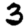
Digit: 3